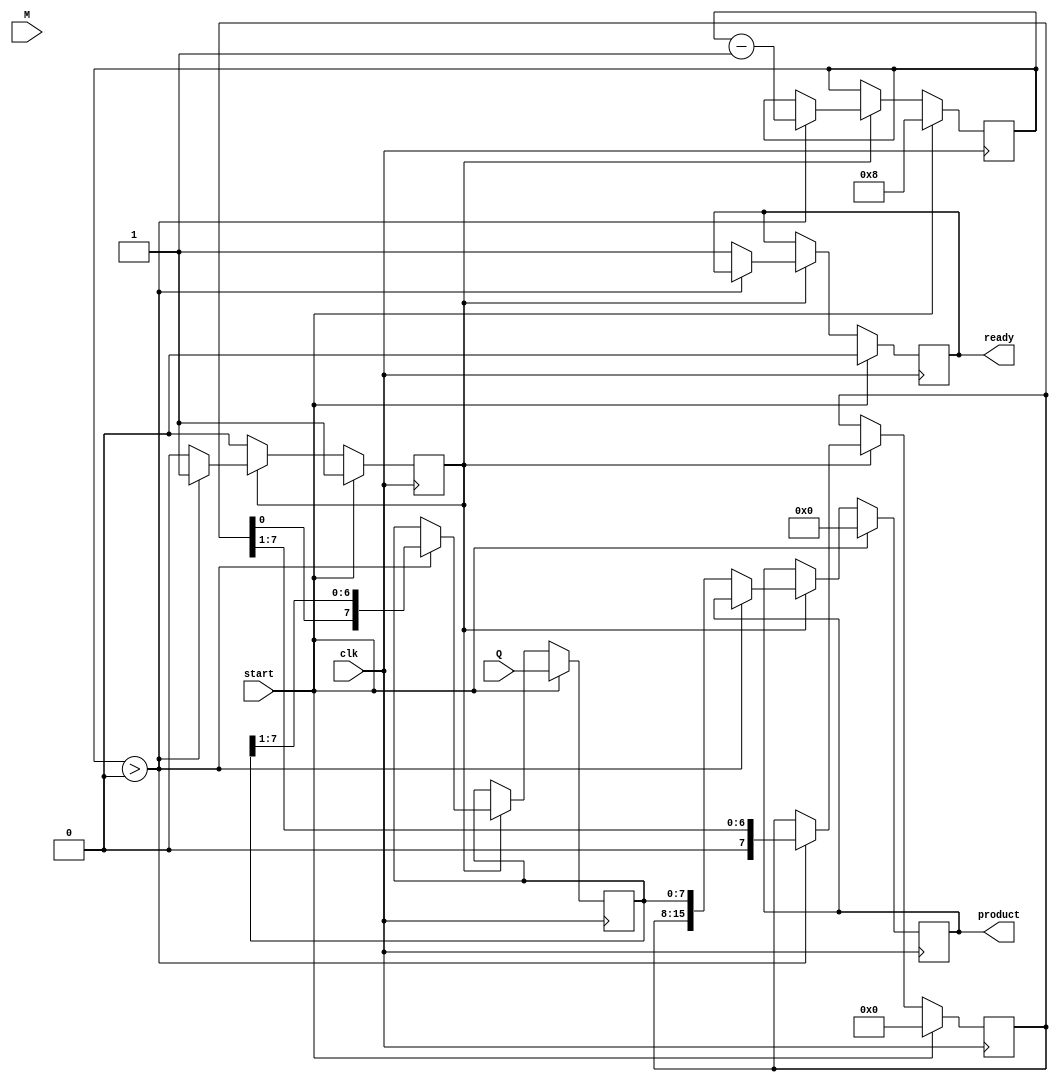
module booth_multiplier #(
    parameter WIDTH = 8  // Bit width of the multiplicand and multiplier
) (
    input wire [WIDTH-1:0] M, // Multiplicand
    input wire [WIDTH-1:0] Q, // Multiplier
    input wire clk,            // Clock signal
    input wire start,          // Start signal
    output reg [2*WIDTH-1:0] product, // Final product
    output reg ready           // Indicates when the product is ready
);

    reg [WIDTH-1:0] A;         // Accumulator
    reg [WIDTH-1:0] Q_reg;     // Multiplier register
    reg Q_neg1;                // Q-1 (previous bit)
    reg [3:0] count;           // Counter for iterations
    reg processing;            // Indicates if processing is ongoing

    always @(posedge clk) begin
        if (start) begin
            // Initialize registers
            A <= 0;
            Q_reg <= Q;
            Q_neg1 <= 0;
            count <= WIDTH;
            product <= 0;
            ready <= 0;
            processing <= 1;
        end else if (processing) begin
            if (count > 0) begin
                // Booth's algorithm conditions
                case ({Q_reg[0], Q_neg1})
                    2'b00: begin
                        // No operation (just shift)
                    end
                    2'b01: begin
                        // Add multiplicand to accumulator
                        A <= A + M;
                    end
                    2'b10: begin
                        // Subtract multiplicand from accumulator
                        A <= A - M;
                    end
                    2'b11: begin
                        // No operation (just shift)
                    end
                endcase

                // Perform arithmetic right shift
                {A, Q_reg} <= {A, Q_reg} >> 1;
                Q_neg1 <= Q_reg[0]; // Update previous bit
                count <= count - 1; // Decrement counter
            end else begin
                // Finished processing
                product <= {A, Q_reg}; // Combine A and Q for result
                ready <= 1;            // Set ready flag
                processing <= 0;       // End processing
            end
        end
    end

endmodule